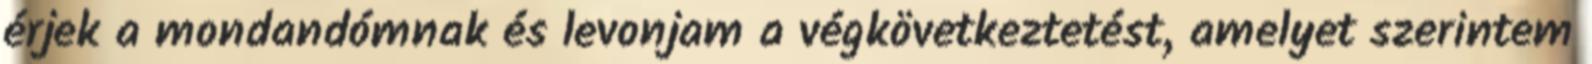
érjek a mondandómnak és levonjam a végkövetkeztetést, amelyet szerintem